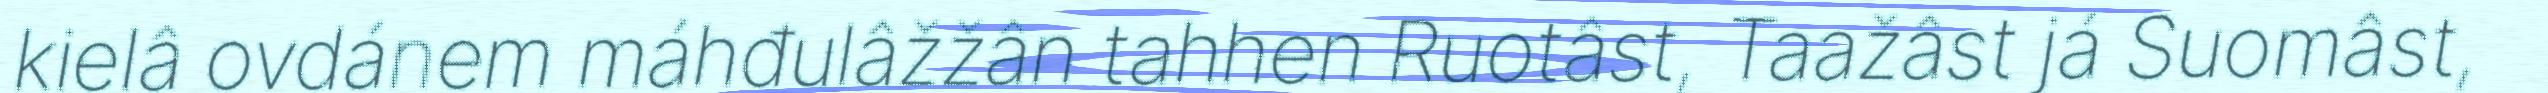
kielâ ovdánem máhđulâžžân tahhen Ruotâst, Taažâst já Suomâst,